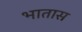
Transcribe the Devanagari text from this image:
भातास